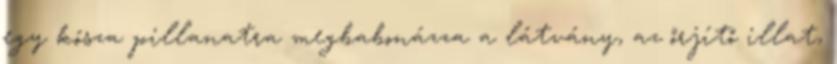
egy kósza pillanatra megbabonázza a látvány, az őrjítő illat,